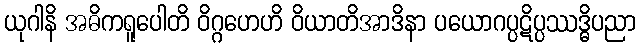
ယုဂါနိ အဓိကရူပေါတိ ဝိဂ္ဂဟေဟိ ဝိယာတိအာဒိနာ ပယောဂပ္ပဋိပ္ပဿဒ္ဓိပညာ